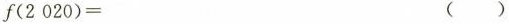
f(2020)= ( )